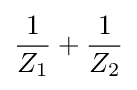
{\frac {1}{Z_{1}}}+{\frac {1}{Z_{2}}}